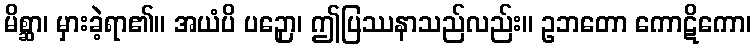
မိစ္ဆာ၊ မှားခဲ့ရာ၏။ အယံပိ ပဉှော၊ ဤပြဿနာသည်လည်း။ ဥဘတော ကောဋိကော၊